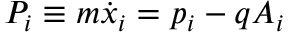
P _ { i } \equiv m { \dot { x } } _ { i } = p _ { i } - q A _ { i }